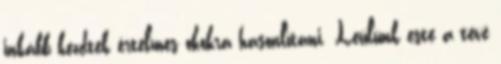
inkább kezdtek értelmes okokra hasonlítani. Leülünk este a tévé